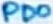
Text: PD0